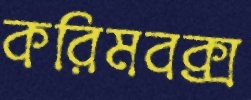
করিমবক্স